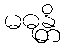
မဓုန္တိ